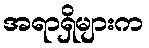
အရာရှိများက